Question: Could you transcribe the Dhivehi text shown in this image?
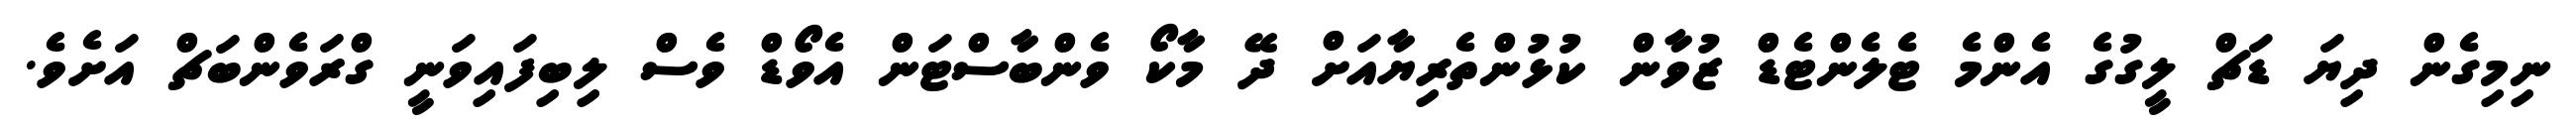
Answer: ނިމިގެން ދިޔަ ޑަޗް ލީގުގެ އެންމެ ޓެލެންޓެޑް ޒުވާން ކުޅުންތެރިޔާއަށް ދޭ މާކޯ ވެންބާސްޓަން އެވޯޑް ވެސް ލިބިފައިވަނީ ގްރަވެންބަޗް އަށެވެ.